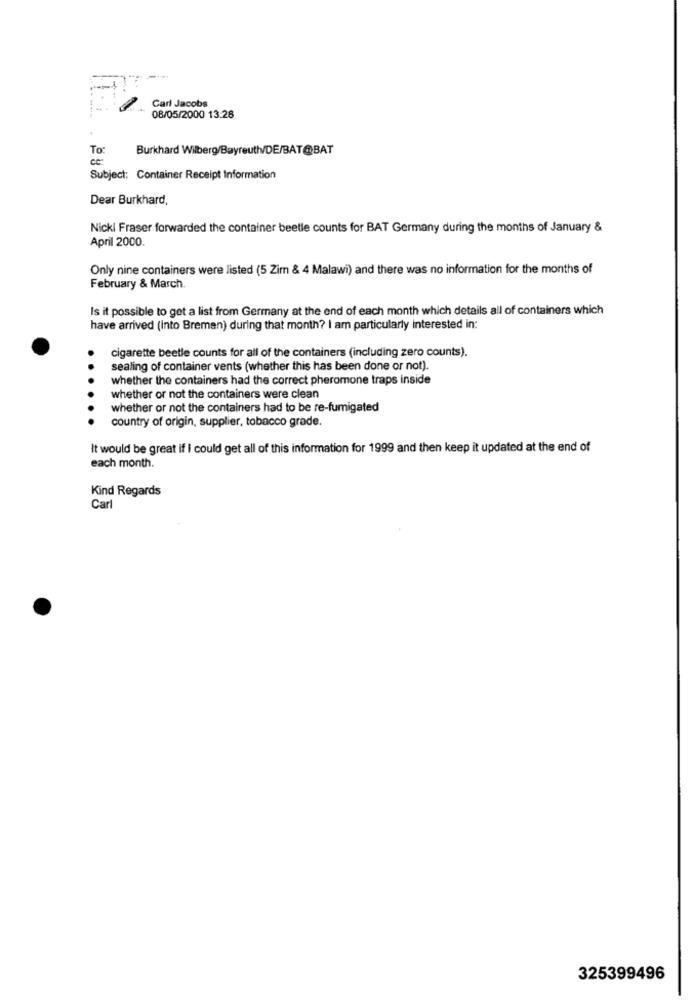
Carl Jacobs
08/05/2000 13:28
To
Burkhard Wilberg/Bayreuth/DE/BAT@BAT
cc:
Subject: Container Receipt Information
Dear Burkhard,
Nicki Fraser forwarded the container beetle counts for BAT Germany during the months of January &
April 2000.
Only nine containers were listed (5 Zim & 4 Malawi) and there was no information for the months of
February & March.
Is it possible to get a list from Germany at the end of each month which details all of containers which
have arrived (into Bremen) during that month? I am particularly interested in:
cigarette beetle counts for all of the containers (including zero counts).
sealing of container vents (whether this has been done or not).
whether the containers had the correct pheromone traps inside
whether or not the containers were clean
whether or not the containers had to be re-fumigated
country of origin, supplier, tobacco grade.
It would be great if I could get all of this information for 1999 and then keep it updated at the end of
each month.
Kind Regards
Car
325399496